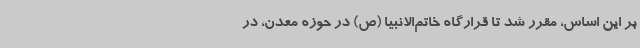
بر این اساس، مقرر شد تا قرارگاه خاتم‌الانبیا (ص) در حوزه معدن، در